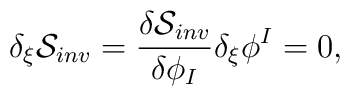
\delta_{\xi}{\cal S }_{inv}={ {\delta {\cal S}_{inv}}  \over{\delta \phi_I}}\delta_{\xi}\phi^I=0,